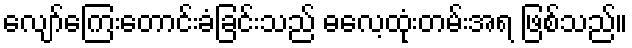
လျော်ကြေးတောင်းခံခြင်းသည် ဓလေ့ထုံးတမ်းအရ ဖြစ်သည်။